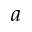
a